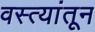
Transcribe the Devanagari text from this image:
वस्त्यांतून